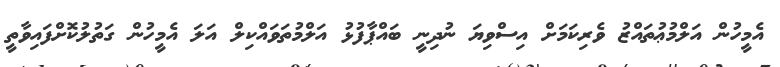
އެމީހުން އަލްމުޢުތައްޒު ވެރިކަމަށް އިސްވިޔަ ނުދިނީ ބައްޕާފުޅު އަލްމުތަވައްކިލް އަލަ އެމީހުން ގަތުލުކޮށްފައިވާތީ